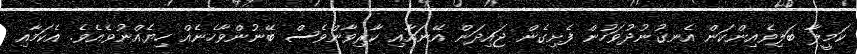
ކަމީލާ ބަލިވެއިންކަން އެނގުނުދުވަހުން ފެށިގެން ޖައިދަން އޭނައާއި ކާރިވާންވެސް ބޭނުންވާހެނެއް ހިޔެއްނުވެއެވެ. އެކަމާއި